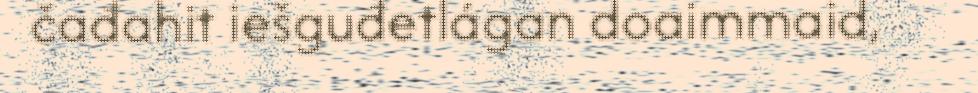
čađahit iešguđetlágan doaimmaid,